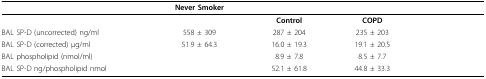
<table><thead><tr><td>[EMPTY_CELL]</td><td><b>Never Smoker</b></td><td colspan="2">[EMPTY_CELL]</td><td>[EMPTY_CELL]</td></tr></thead><tbody><tr><td>[EMPTY_CELL]</td><td>[EMPTY_CELL]</td><td><b>Control</b></td><td><b>COPD</b></td><td>[EMPTY_CELL]</td></tr><tr><td>BAL SP-D (uncorrected) ng/ml</td><td>558 ± 309</td><td>287 ± 204</td><td>235 ± 203</td><td>[EMPTY_CELL]</td></tr><tr><td>BAL SP-D (corrected) μg/ml</td><td>51.9 ± 64.3</td><td>16.0 ± 19.3</td><td>19.1 ± 20.5</td><td>[EMPTY_CELL]</td></tr><tr><td>BAL phospholipid (nmol/ml)</td><td>[EMPTY_CELL]</td><td>8.9 ± 7.8</td><td>8.5 ± 7.7</td><td>[EMPTY_CELL]</td></tr><tr><td>BAL SP-D ng/phospholipid nmol</td><td>[EMPTY_CELL]</td><td>52.1 ± 61.8</td><td>44.8 ± 33.3</td><td>[EMPTY_CELL]</td></tr></tbody></table>